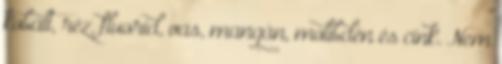
kobalt, réz, fluorid, vas, mangán, molibdén és cink. Nem